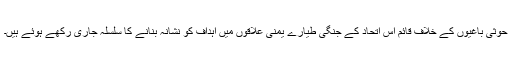
حوثی باغیوں کے خلاف قائم اس اتحاد کے جنگی طیارے یمنی علاقوں میں اہداف کو نشانہ بنانے کا سلسلہ جاری رکھے ہوئے ہیں۔